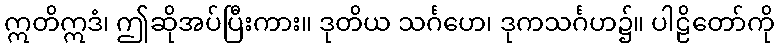
ဣတိဣဒံ၊ ဤဆိုအပ်ပြီးကား။ ဒုတိယ သင်္ဂဟေ၊ ဒုကသင်္ဂဟ၌။ ပါဠိတော်ကို